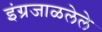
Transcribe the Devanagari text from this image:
इंग्रजाळलेले